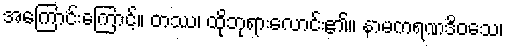
အကြောင်းကြောင့်။ တဿ၊ ထိုဘုရားလောင်း၏။ နာမကရဏဒိဝသေ၊